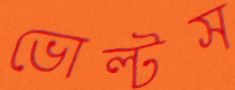
ভোল্টস